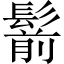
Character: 鬋